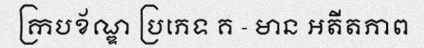
ក្របខ័ណ្ឌ ប្រភេទ គ - មាន អតីតភាព